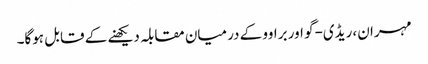
مہران، ریڈی-گو اور براوو کے درمیان مقابلہ دیکھنے کے قابل ہوگا۔